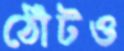
ঠোঁটও